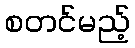
စတင်မည့်